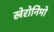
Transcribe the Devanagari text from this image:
खेरोनिमो